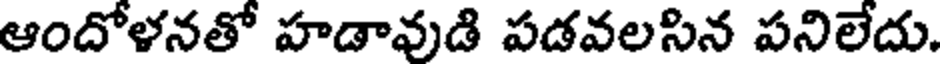
ఆందోళనతో హడావుడి పడవలసిన పనిలేదు.